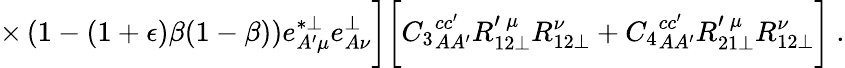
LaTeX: \times\left(1-(1+\epsilon)\beta(1-\beta)\right)e_{A^{\prime}\mu}^{*\perp}e_{A\nu}^{\perp}\biggr]\biggl[{C_{3}}_{AA^{\prime}}^{cc^{\prime}}R_{12\perp}^{\prime\: \mu}R_{12\perp}^{\nu}+{C_{4}}_{AA^{\prime}}^{cc^{\prime}}R_{21\perp}^{\prime\: \mu}R_{12\perp}^{\nu}\biggr]~.